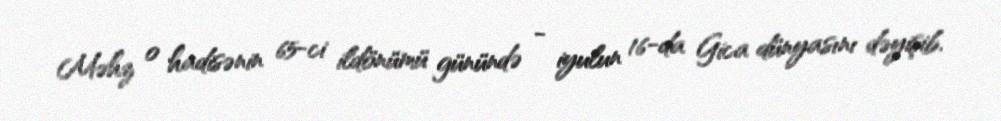
Məhz o hadisənin 65-ci ildönümü günündə - iyulun 16-da Gica dünyasını dəyişib.